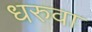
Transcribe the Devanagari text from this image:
धरुवा